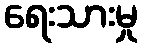
ရေးသားမှု